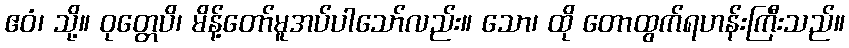
ဧဝံ၊ သို့။ ဝုတ္တေပိ၊ မိန့်တော်မူအပ်ပါသော်လည်း။ သော၊ ထို တောထွက်ရဟန်းကြီးသည်။